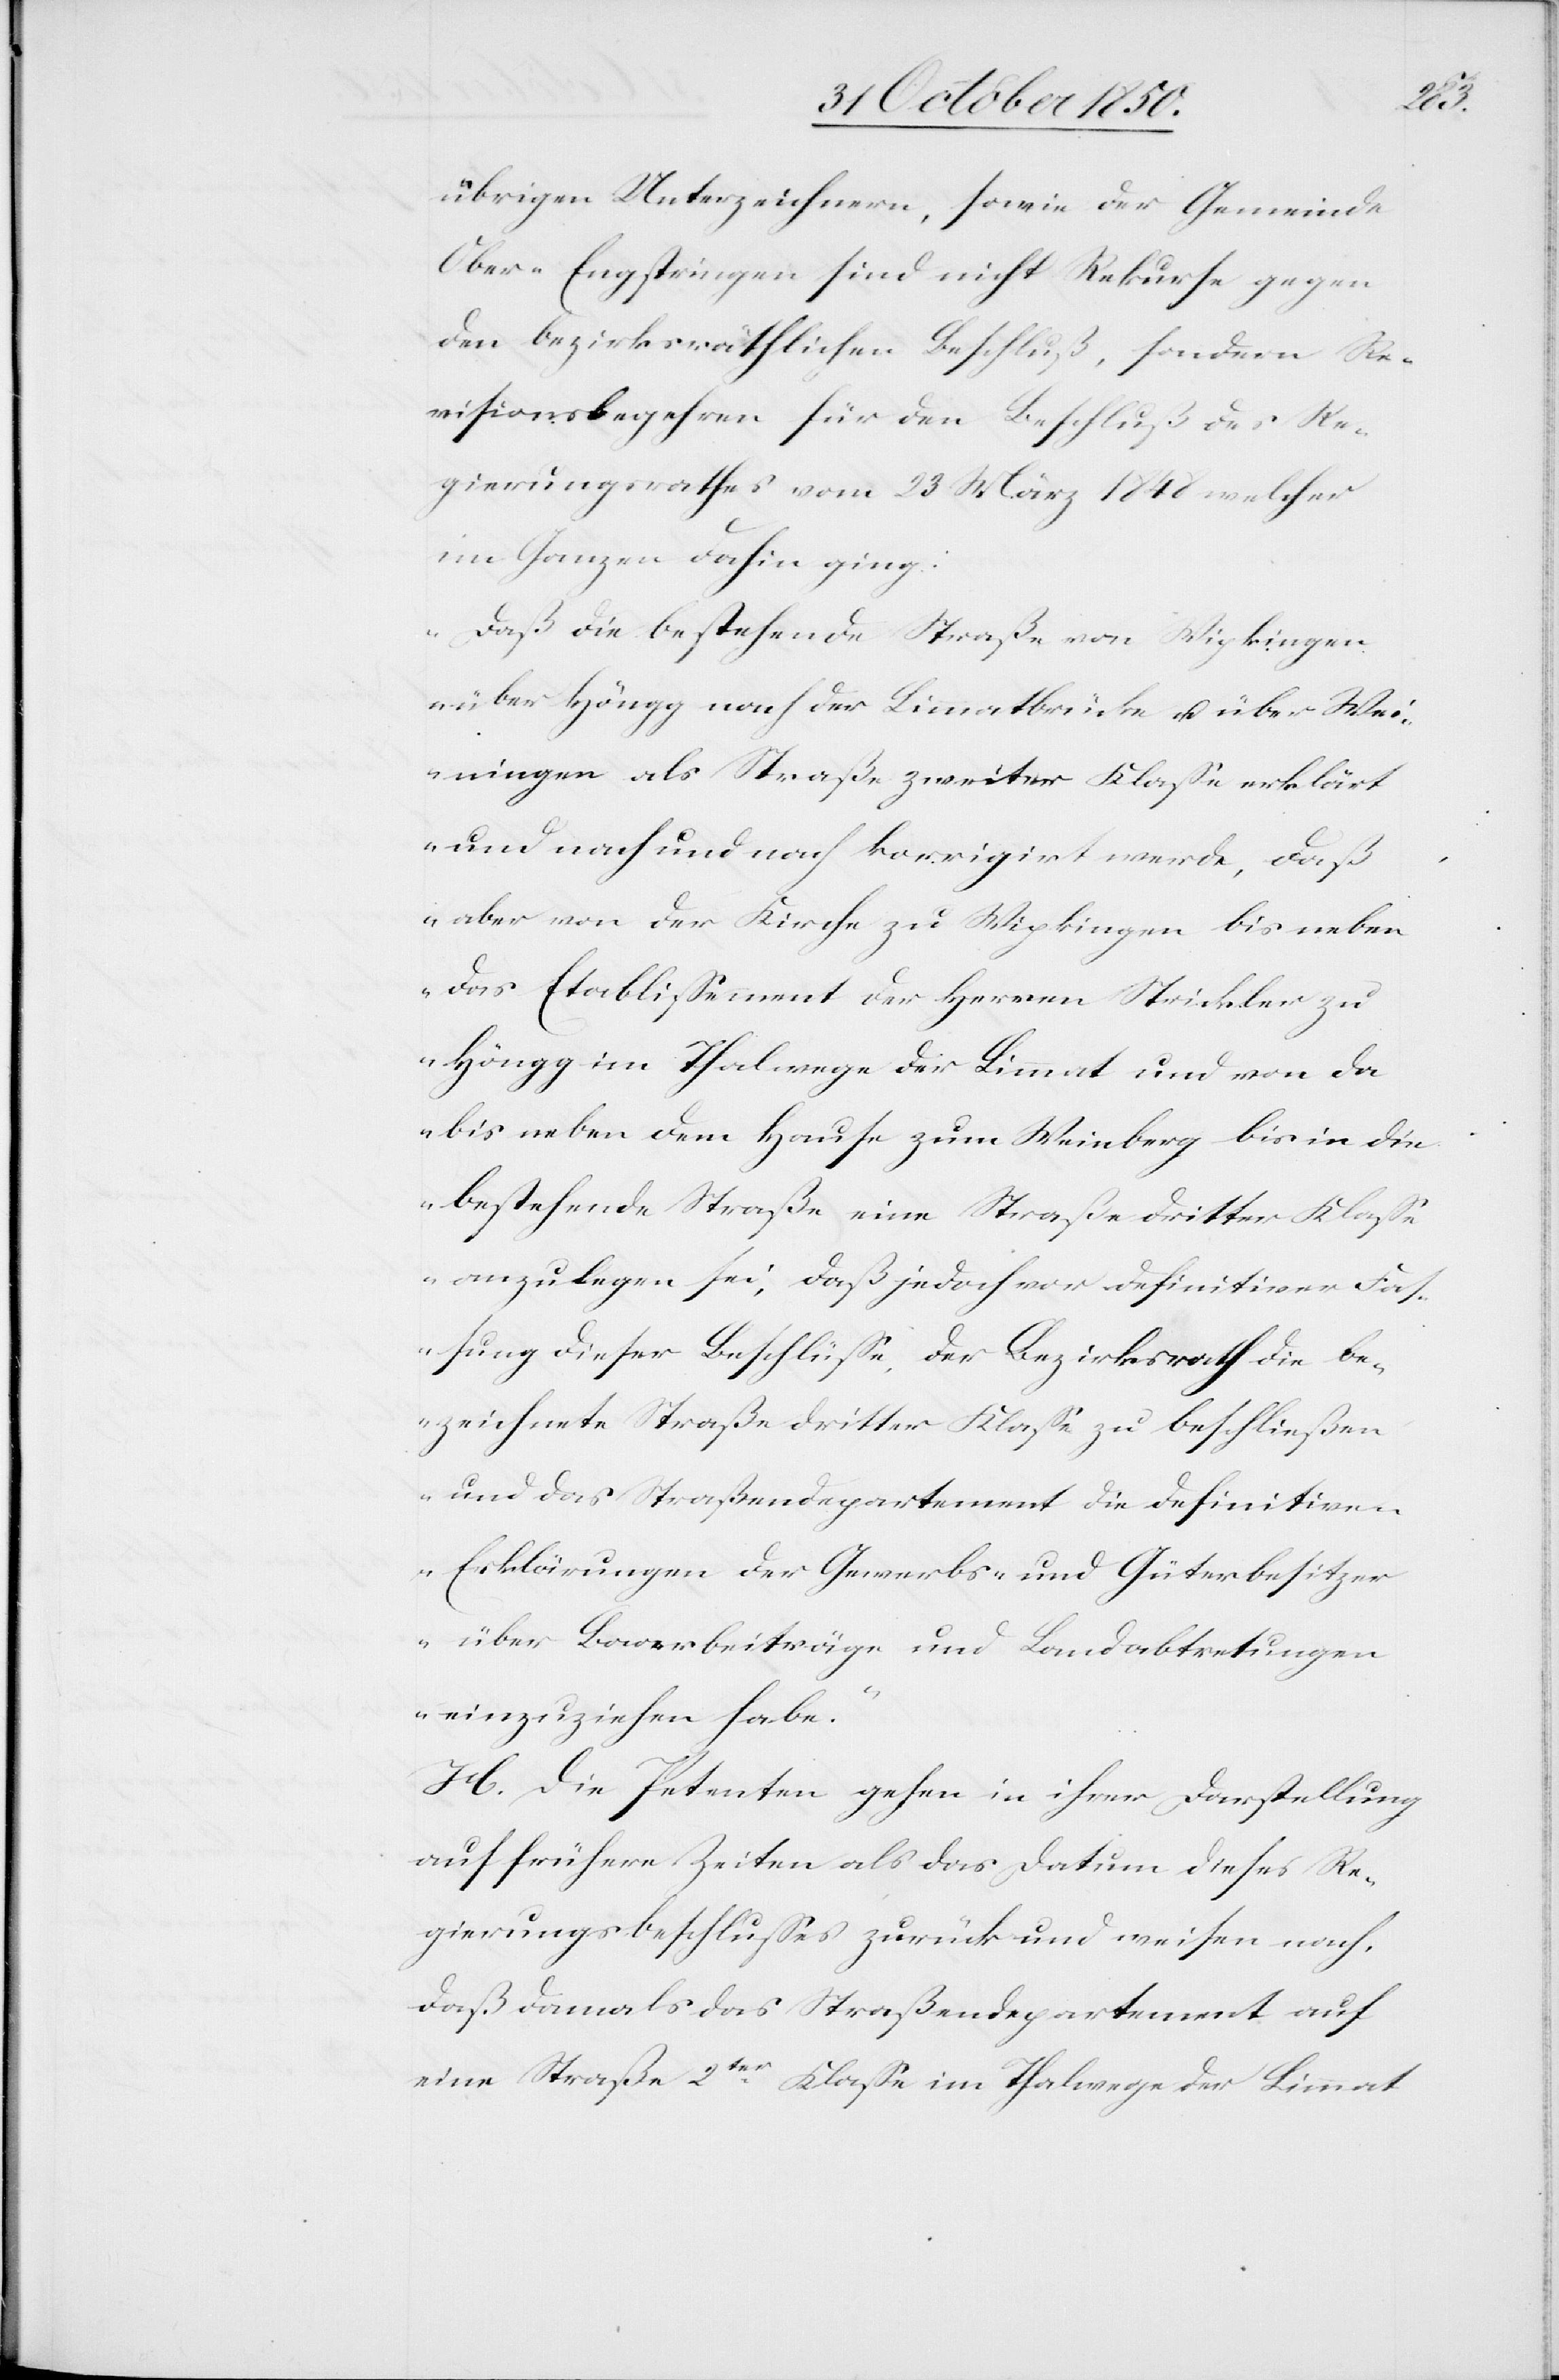
übrigen Unterzeichnern, sowie der Gemeinde
Ober-Engstringen sind nicht Rekurse gegen
den bezirksräthlichen Beschluß, sondern Re¬
visionsbegehren für den Beschluß des Re¬
gierungsrathes vom 23 März 1848 welcher
im Ganzen dahin ging:
„Daß die bestehende Straße von Wipkingen
über Höngg nach der Limmatbrücke u. über Wei¬
ningen als Straße zweiter Klasse erklärt
und nach und nach korrigirt werde, daß
aber von der Kirche zu Wipkingen bis neben
das Etablissement der Herren Strickler zu
Höngg im Thalwege der Limmat und von da
bis neben dem Hause zum Weinberg bis in die
bestehende Straße eine Straße dritter Klasse
anzulegen sei, daß jedoch vor definitiver Fas¬
sung dieser Beschlüsse, der Bezirksrath die be¬
zeichnete Straße dritter Klasse zu beschließen
und das Straßendepartement die definitive¬
n Erklärungen der Gewerbs- und Güterbesitzer
über Baarbeiträge und Landabtretungen
einzuziehen habe.“
H. Die Petenten gehen in ihrer Darstellung
auf frühere Zeiten als das Datum dieses Re¬
gierungsbeschlusses zurück und weisen nach,
daß damals das Straßendepartement auf
eine Straße 2ter Klasse im Thalwege der Limmat